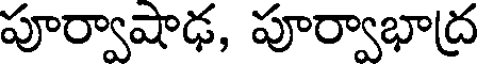
పూర్వాషాఢ, పూర్వాభాద్ర